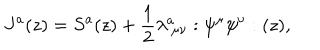
J ^ { a } ( z ) = S ^ { a } ( z ) + \frac { 1 } { 2 } \lambda _ { ~ \mu \nu } ^ { a } : \psi ^ { \mu } \psi ^ { \nu } : ( z ) ,